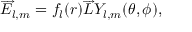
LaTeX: \overrightarrow { E } _ { l , m } = f _ { l } ( r ) \overrightarrow { L } Y _ { l , m } ( \theta , \phi ) ,